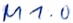
Text: M1.0